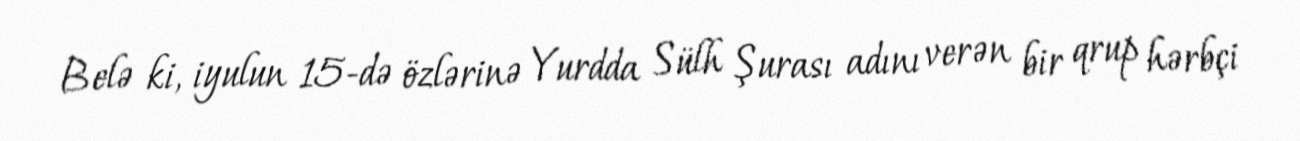
Belə ki, iyulun 15-də özlərinə Yurdda Sülh Şurası adını verən bir qrup hərbçi